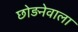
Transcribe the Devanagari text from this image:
छोड़नेवाला